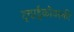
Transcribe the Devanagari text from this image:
ट्चाईकोवस्की